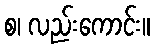
စ၊ လည်းကောင်း။